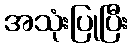
အသုံးပြုပြီး